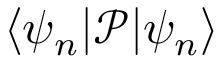
\langle \psi _ { n } | \mathcal { P } | \psi _ { n } \rangle